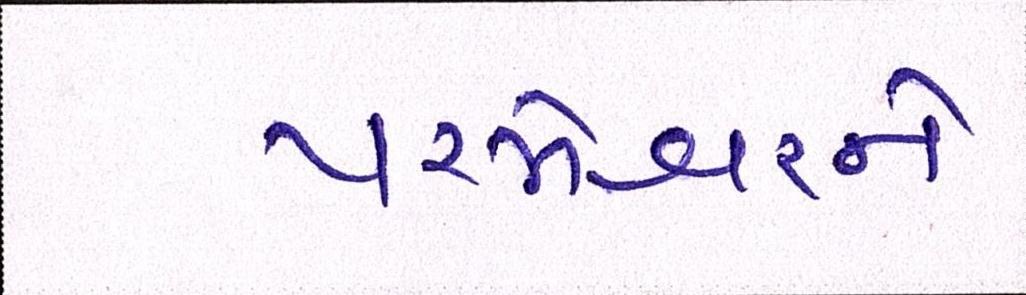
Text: પરમેશ્વરને